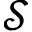
\mathcal { S }